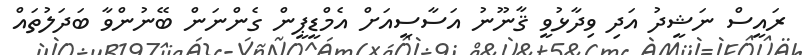
ރައީސް ނަޝީދު އަދި ވިދާޅުވީ ޤާނޫނު އަސާސީއަށް އެމްޑީޕީން ގެންނަން ބޭނުންވާ ބަދަލުތައް